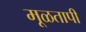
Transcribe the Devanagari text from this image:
मूळतापी